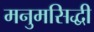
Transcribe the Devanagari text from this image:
मनुमसिद्धी